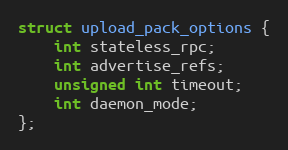
Language: C
struct upload_pack_options {
	int stateless_rpc;
	int advertise_refs;
	unsigned int timeout;
	int daemon_mode;
};